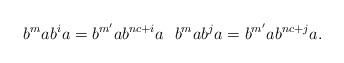
\begin{align*}b^mab^ia=b^{m'}ab^{nc+i}a\ \ b^mab^ja=b^{m'}ab^{nc+j}a.\end{align*}